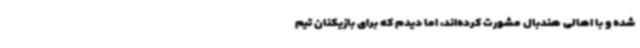
شده و با اهالی هندبال مشورت کرده‌اند، اما دیدم که برای بازیکنان تیم